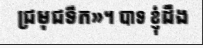
ជ្រមុជទឹក»។ បាទ ខ្ញុំដឹង